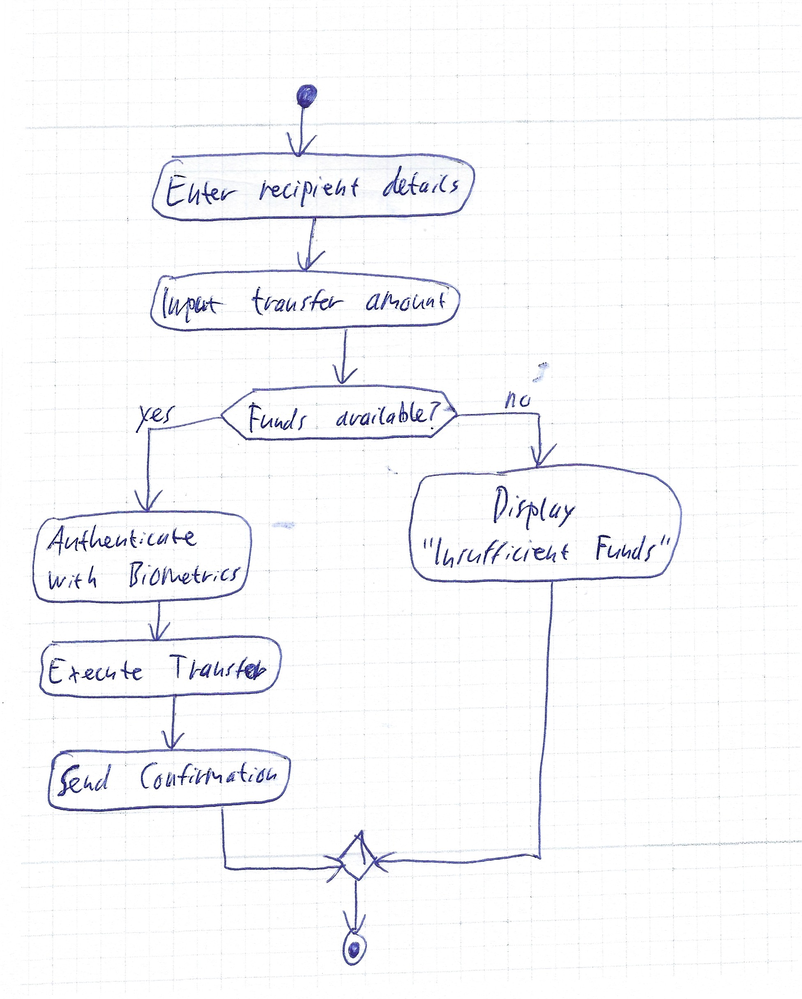
Diagram type: activity_diagram
```plantuml
@startuml

start
:Enter recipient details;
:Input transfer amount;
if (Funds available?) then (yes)
  :Authenticate with Biometrics;
  :Execute Transfer;
  :Send Confirmation;
else (no)
  :Display "Insufficient Funds";
endif
stop

@enduml
```